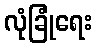
လုံခြုံရေး